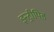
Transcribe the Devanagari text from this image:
इन्ट्रीपिड